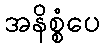
အနိစ္စံပေ